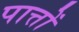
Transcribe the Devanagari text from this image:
पात्तों